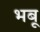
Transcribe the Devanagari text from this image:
भबू